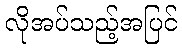
လိုအပ်သည့်အပြင်